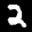
Label: 2